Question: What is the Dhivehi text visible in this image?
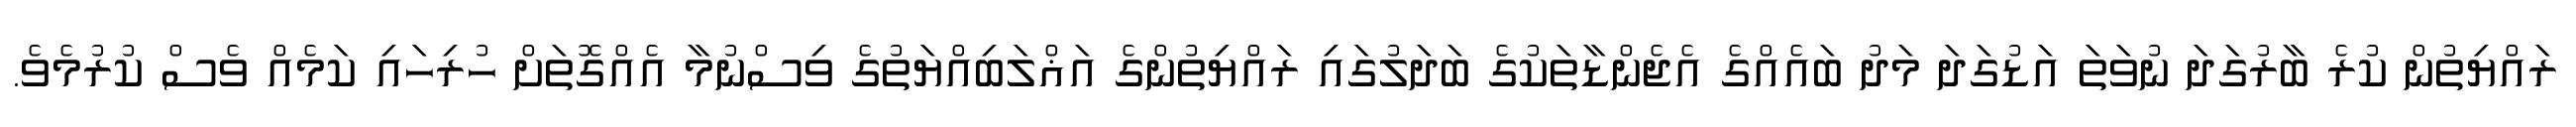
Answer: ރައްޔިތުން ކުރެ ބާރުގަދަ ނުވަތަ އަޑުގަދަ މަދު ބައެއްގެ އެޖެންޑާތަކުގެ ބަދަލުގައި ރައްޔިތުންގެ އަޣްލަބިއްޔަތުގެ ވިސްނުމާ އެއްގޮތަށް ހުރިހައި ކަމެއް ވެސް ކުރުމެވެ.